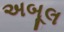
અબૂલ